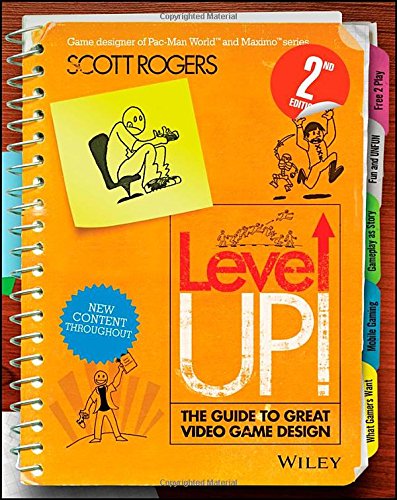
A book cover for Level Up! The Guide to Great Video Game Design; Scott Rogers; Computers & Technology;